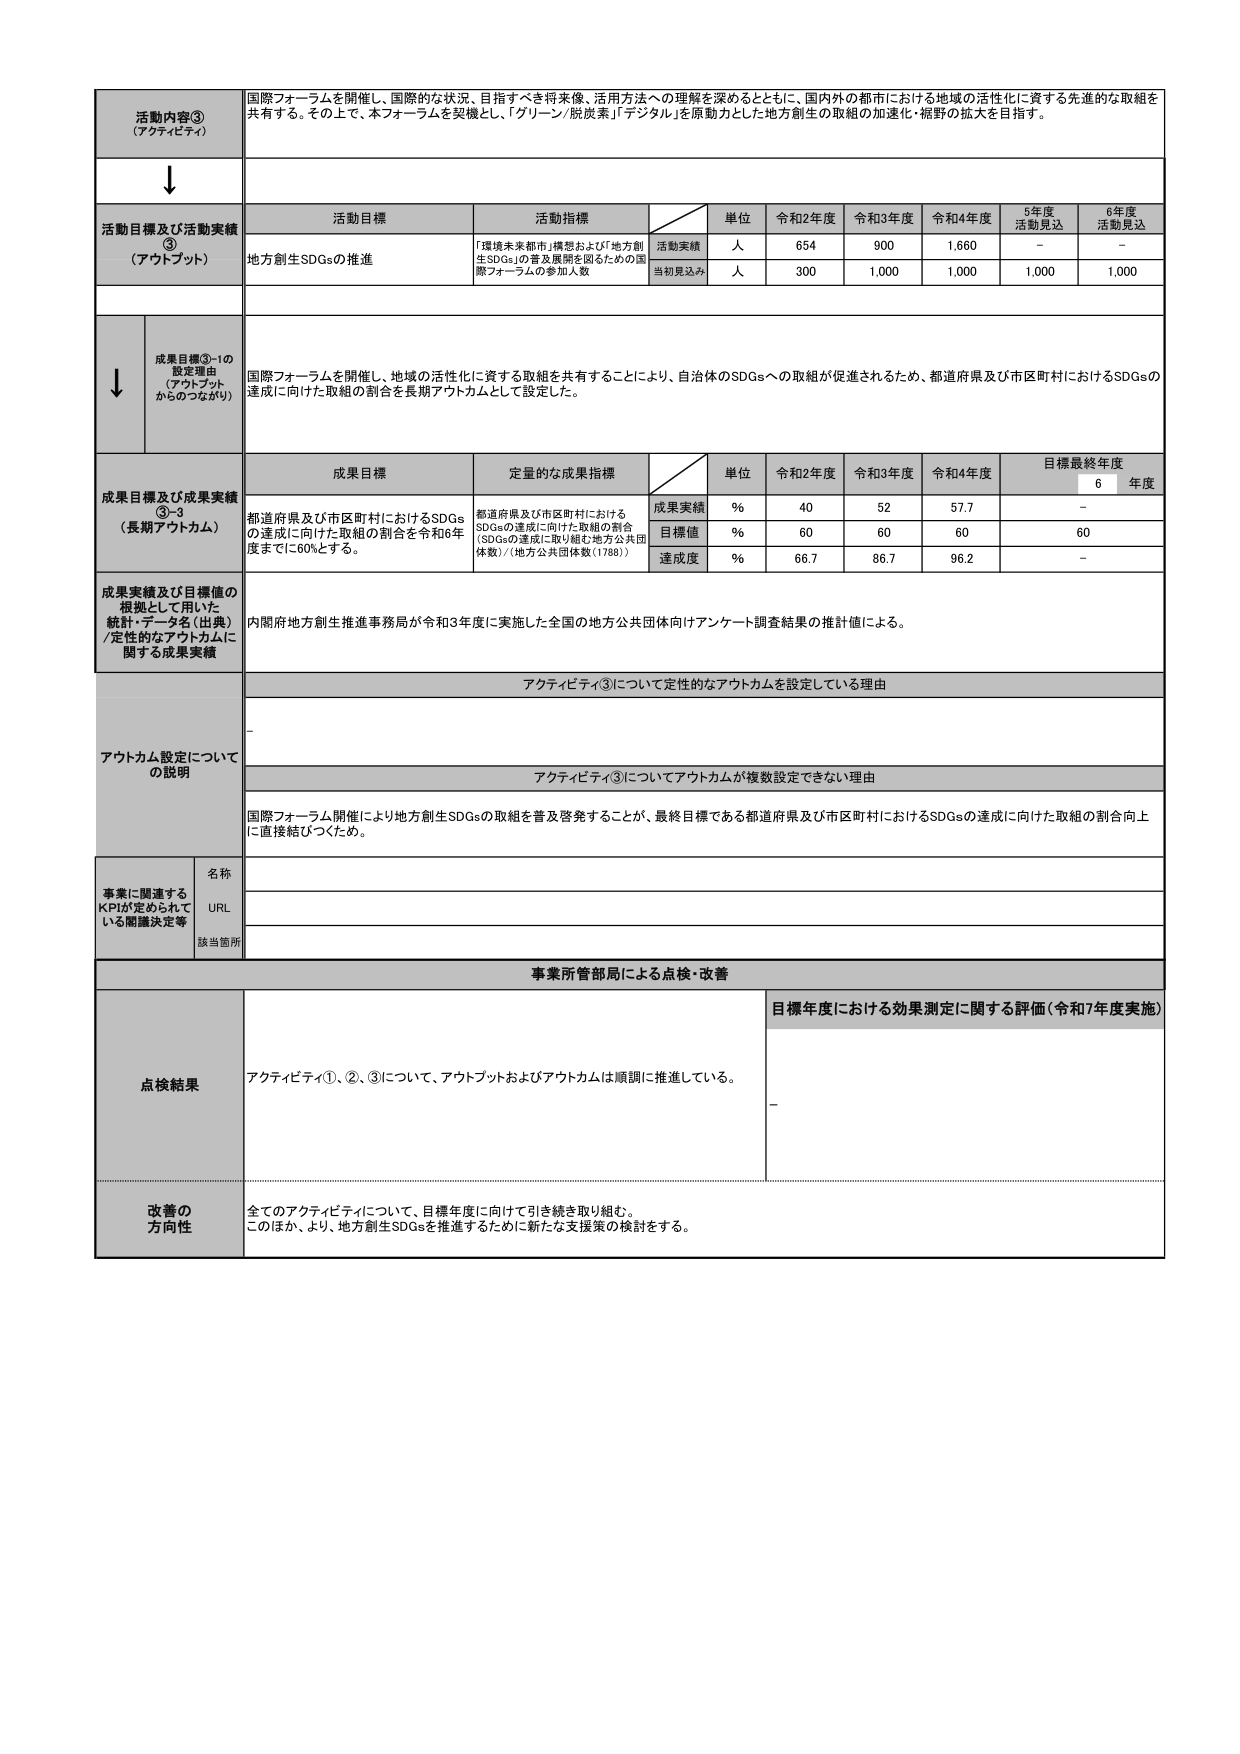
活動内容③
（アクティビティ）
国際フォーラムを開催し、国際的な状況、目指すべき将来像、活用方法への理解を深めるとともに、国内外の都市における地域の活性化に資する先進的な取組を共有する。その上で、本フォーラムを契機とし、「グリーン/脱炭素」「デジタル」を原動力とした地方創生の取組の加速化・裾野の拡大を目指す。

↓

活動目標及び活動実績③
（アウトプット）
活動目標
活動指標
単位
令和2年度
令和3年度
令和4年度
5年度
活動見込
6年度
活動見込
地方創生SDGsの推進
「環境未来都市」構想および「地方創生SDGs」の普及展開を図るための国際フォーラムの参加人数
活動実績
人
654
900
1,660
－
－
当初見込み
人
300
1,000
1,000
1,000
1,000

↓

成果目標③-1の設定理由
（アウトプットからつながり）
国際フォーラムを開催し、地域の活性化に資する取組を共有することにより、自治体のSDGsへの取組が促進されるため、都道府県及び市区町村におけるSDGsの達成に向けた取組の割合を長期アウトカムとして設定した。

成果目標及び成果実績③-3
（長期アウトカム）
成果目標
定量的な成果指標
単位
令和2年度
令和3年度
令和4年度
目標最終年度
6年度
都道府県及び市区町村におけるSDGsの達成に向けた取組の割合を令和6年度までに60%とする。
都道府県及び市区町村におけるSDGsの達成に向けた取組の割合（SDGsの達成に取り組む地方公共団体数）/（地方公共団体数（1788））
成果実績
%
40
52
57.7
－
目標値
%
60
60
60
60
達成度
%
66.7
86.7
96.2
－

成果実績及び目標値の根拠として用いた統計・データ名（出典）/定性的なアウトカムに関する成果実績
内閣府地方創生推進事務局が令和3年度に実施した全国の地方公共団体向けアンケート調査結果の推計値による。

アウトカム設定についての説明
アクティビティ③について定性的なアウトカムを設定している理由
－
アクティビティ③についてアウトカムが複数設定できない理由
国際フォーラム開催により地方創生SDGsの取組を普及啓発することが、最終目標である都道府県及び市区町村におけるSDGsの達成に向けた取組の割合向上に直接結びつくため。

事業に関連するKPIが定められている関連決定等
名称
URL
該当箇所

事業所管部局による点検・改善
点検結果
アクティビティ①、②、③について、アウトプットおよびアウトカムは順調に推進している。
目標年度における効果測定に関する評価（令和7年度実施）
－

改善の方向性
全てのアクティビティについて、目標年度に向けて引き続き取り組む。
このほか、より、地方創生SDGsを推進するために新たな支援策の検討をする。